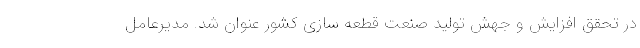
در تحقق افزایش و جهش تولید صنعت قطعه سازی کشور عنوان شد. مدیرعامل